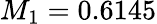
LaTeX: M_{1}=0.6145